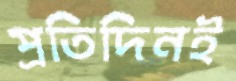
প্রতিদিনই